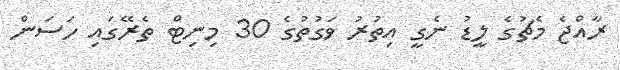
ރާއްޖެ މެޗުގެ ލީޑު ނެގީ އިތުރު ވަގުތުގެ 30 މިނިޓް ތެރޭގައި ހަސަން